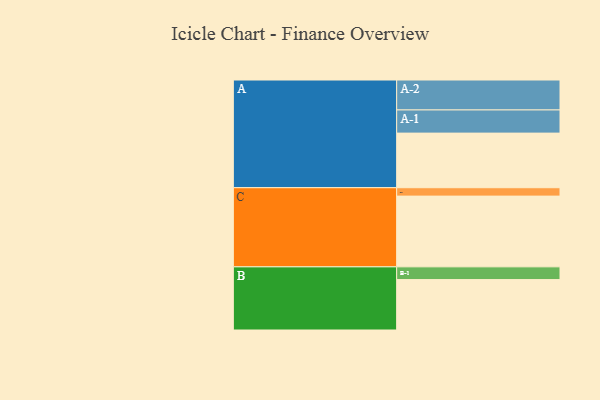
{"axis": {"x": "Segment", "y": "Value"}, "legend": ["", "A", "B", "C"], "data": [{"x": "A", "y": 403, "type": ""}, {"x": "B", "y": 372, "type": ""}, {"x": "C", "y": 522, "type": ""}, {"x": "A-1", "y": 171, "type": "A"}, {"x": "A-2", "y": 221, "type": "A"}, {"x": "B-1", "y": 94, "type": "B"}, {"x": "C-1", "y": 62, "type": "C"}]}